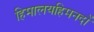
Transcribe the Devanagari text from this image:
हिमालयहिमनदों